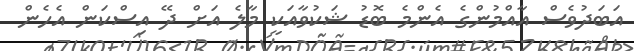
އަބަދުވެސް އާއްމުންގެ އެންމެ ބޮޑު ޝަކުވާއަކީ މާލެ އަށް ދޭ އިސްކަން އެހެން